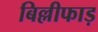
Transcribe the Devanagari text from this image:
बिल्लीफाड़